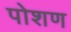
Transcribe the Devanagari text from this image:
पोशण